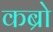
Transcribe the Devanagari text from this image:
कब्रो